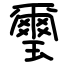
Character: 璽